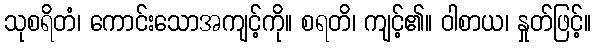
သုစရိတံ၊ ကောင်းသောအကျင့်ကို။ စရတိ၊ ကျင့်၏။ ဝါစာယ၊ နှုတ်ဖြင့်။